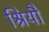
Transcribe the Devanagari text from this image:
श्रियौ